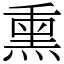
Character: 熏